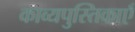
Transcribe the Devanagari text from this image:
काव्यपुस्तिकाएँ